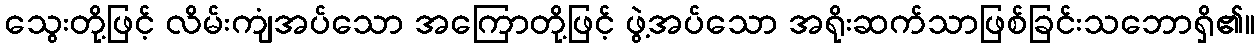
သွေးတို့ဖြင့် လိမ်းကျံအပ်သော အကြောတို့ဖြင့် ဖွဲ့အပ်သော အရိုးဆက်သာဖြစ်ခြင်းသဘောရှိ၏။